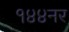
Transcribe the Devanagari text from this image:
१४४नर